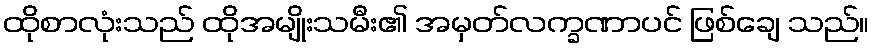
ထိုစာလုံးသည် ထိုအမျိုးသမီး၏ အမှတ်လက္ခဏာပင် ဖြစ်ချေ သည်။